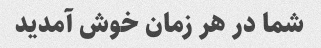
شما در هر زمان خوش آمدید